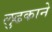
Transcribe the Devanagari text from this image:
लुढकाने